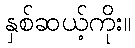
နှစ်ဆယ့်ကိုး။